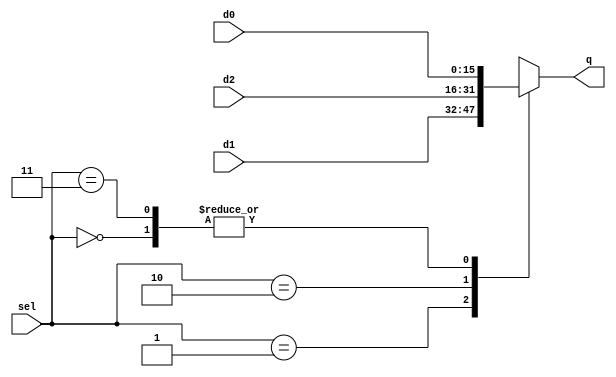
module MUX_3to1(input [15:0] d0,d1,d2,input [1:0] sel,output reg [15:0] q);
	always @(*) begin
		case(sel)
			2'b00:q=d0;
			2'b01:q=d1;
			2'b10:q=d2;
			2'b11:q=d0;
			default:q=d0;
		endcase
	end
endmodule